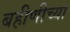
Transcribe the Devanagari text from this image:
बहीणीच्या